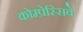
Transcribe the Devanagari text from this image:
कोम्प्रेस्सिवे